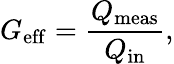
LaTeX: G_{\mathrm{eff}}=\frac{Q_{\mathrm{meas}}}{Q_{\mathrm{in}}},